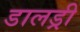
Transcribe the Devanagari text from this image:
डालड्री